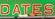
dates